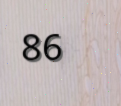
86